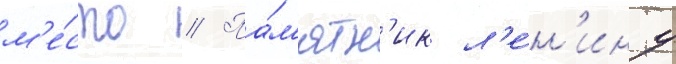
м'е́сто // Па́м'ятн'ик л'е́н'ину